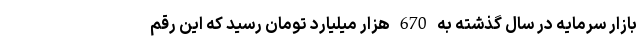
بازار سرمایه در سال گذشته به 670 هزار میلیارد تومان رسید که این رقم